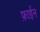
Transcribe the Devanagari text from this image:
फ़ाईन